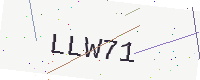
Text: LLW71